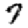
Digit: 7